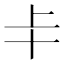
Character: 𠦀